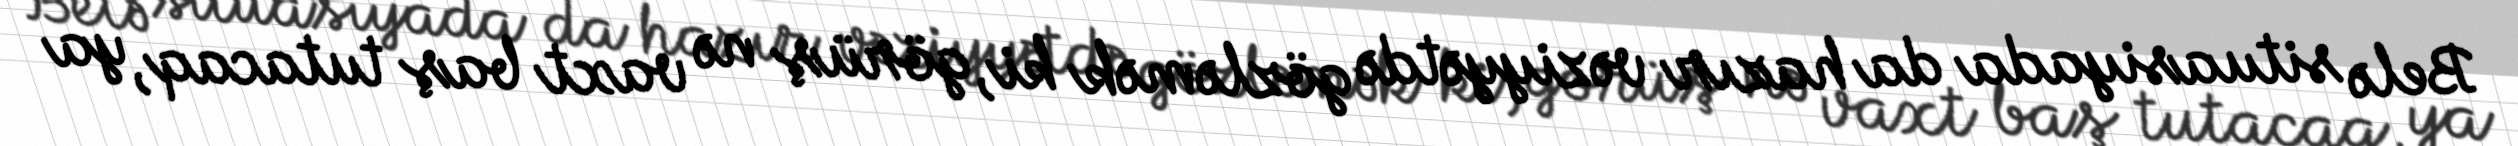
Belə situasiyada da hazır vəziyyətdə gözləmək ki, görüş nə vaxt baş tutacaq, ya